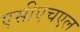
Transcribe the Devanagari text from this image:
एसीएचएल